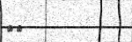
٢٦